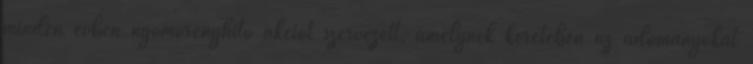
minden évben nyomorenyhítő akciót szervezett, amelynek keretében az adományokat